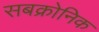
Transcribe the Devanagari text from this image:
सबक्रोनिक